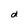
Character: d